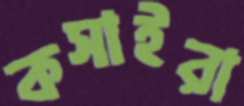
কসাইরা